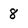
Character: 8